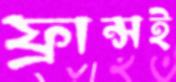
ফ্রান্সই